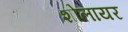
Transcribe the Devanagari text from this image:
शोलायर